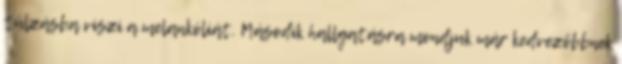
túlzásba viszi a melankóliát. Második hallgatásra mondjuk már kedvezőbbnek